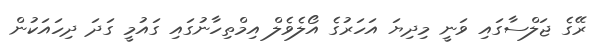
ރޭގެ ޖަލްސާގައި ވަނީ މިދިޔަ އަހަރުގެ އޯލެވެލް އިމްތިހާނުގައި ގައުމީ ގަދަ ދިހައަކުން